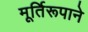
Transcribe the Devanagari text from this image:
मूर्तिरूपाने